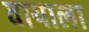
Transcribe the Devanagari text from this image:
वायाला